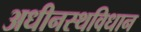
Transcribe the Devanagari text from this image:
अधीनस्थविधान